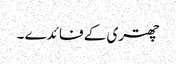
چھتری کے فائدے ۔